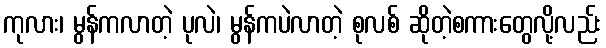
ကုလား၊ မွန်ကလာတဲ့ ပုလဲ၊ မွန်ကပဲလာတဲ့ စုလစ် ဆိုတဲ့စကားတွေလို့လည်း